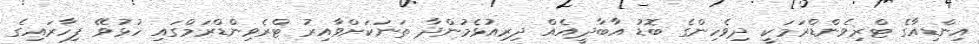
އިންޑިއާގެ ޓްރިވެންޑްރަމަކީ ދިވެހިންގެ ބޮޑު އާބާދީއެއް ދިރިއުޅެމުންދާ ތަނަކަށްވާއިރު ޓްރެވިންޑްރަމްގައި ހުޅުވޭ ފިހާރައިގެ